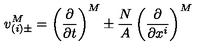
v _ { ( i ) \pm } ^ { M } = \left( \frac { \partial } { \partial t } \right) ^ { M } \pm \frac { N } { A } \left( \frac { \partial } { \partial x ^ { i } } \right) ^ { M }